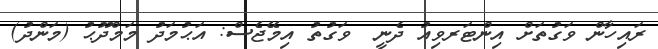
ރައިހާން ވަގުތަށް އިންޓަރވިއު ދެނީ  ވަގުތު އިމޭޖެސް: އަޙުމަދު މަމްދޫޙު (މަންދު)